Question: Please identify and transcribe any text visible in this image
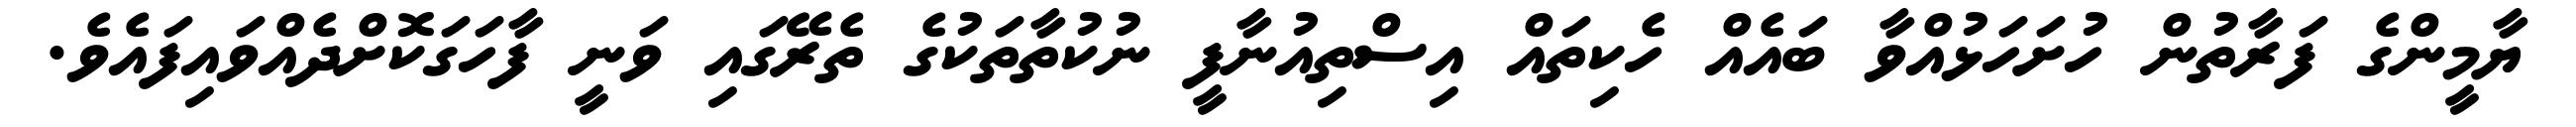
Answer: ޔާމީންގެ ފަރާތުން ހުށަހަޅުއްވާ ބައެއް ހެކިތައް އިސްތިއުނާފީ ނުކުތާތަކުގެ ތެރޭގައި ވަނީ ފާހަގަކޮށްދެއްވައިފައެވެ.